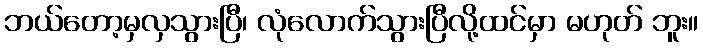
ဘယ်တော့မှလှသွားပြီ၊ လုံလောက်သွားပြီလို့ထင်မှာ မဟုတ် ဘူး။